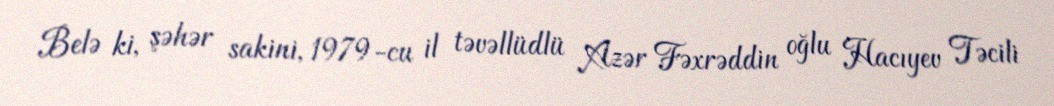
Belə ki, şəhər sakini, 1979-cu il təvəllüdlü Azər Fəxrəddin oğlu Hacıyev Təcili